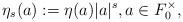
LaTeX: \begin{align*} \eta_s(a) := \eta(a)|a|^s,a \in F_0^\times,\end{align*}